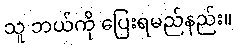
သူ ဘယ်ကို ပြေးရမည်နည်း။